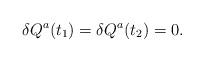
LaTeX: \begin{align*}\delta Q^{a}(t_{1})=\delta Q^{a}(t_{2})=0.\end{align*}